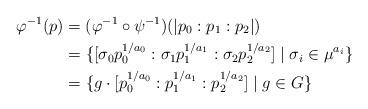
LaTeX: \begin{align*} \varphi^{-1}(p) &= (\varphi^{-1}\circ\psi^{-1})(|p_0:p_1:p_2|) \\ &= \{[\sigma_0 p_0^{1/a_0}:\sigma_1 p_1^{1/a_1}:\sigma_2 p_2^{1/a_2}] \mid \sigma_i\in\mu^{a_i}\} \\ & = \{g\cdot[p_0^{1/a_0}:p_1^{1/a_1}:p_2^{1/a_2}] \mid g\in G\} \end{align*}